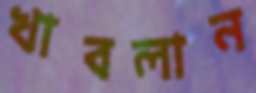
খাবলান